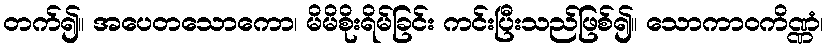
တက်၍။ အပေတသောကော၊ မိမိစိုးရိမ်ခြင်း ကင်းပြီးသည်ဖြစ်၍။ သောကာဝကိဏ္ဏံ၊